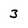
Character: 3